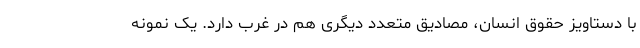
با دستاویز حقوق انسان، مصادیق متعدد دیگری هم در غرب دارد. یک نمونه